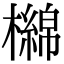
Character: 檰